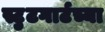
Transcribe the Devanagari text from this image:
स्टुटगार्टच्या